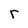
Character: r